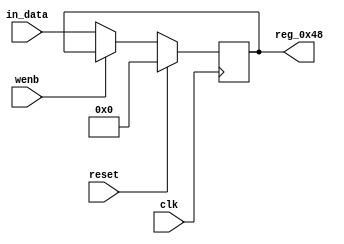
module r_RX_BUF_OBJ6_BYTE_0(output reg [7:0] reg_0x48, input wire reset, input wire wenb, input wire [7:0] in_data, input wire clk);
	always@(posedge clk)
	begin
		if(reset==0) begin
			if(wenb==0)
				reg_0x48<=in_data;
			else
				reg_0x48<=reg_0x48;
		end
		else
			reg_0x48<=8'h00;
	end
endmodule